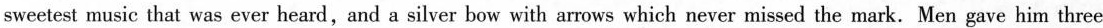
sweetest music that was ever heard,and a silver bow with arrows which never missed the mark. Men gave him three